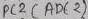
Text: ADC2